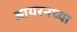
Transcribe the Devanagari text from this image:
आयरनच्या